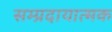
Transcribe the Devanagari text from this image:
सम्प्रदायात्मक